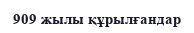
909 жылы құрылғандар